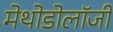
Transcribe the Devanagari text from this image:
मेथोडोलॉजी